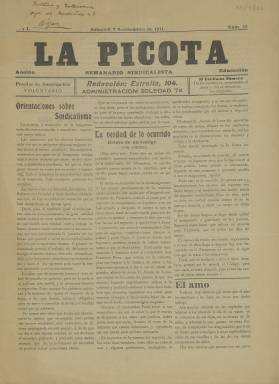
Título: La Picota (Sabadell)
Colección: Periódicos || Prensa sindical
Ámbito geográfico: Barcelona
Lugar de publicación: Sabadell [Barcelona]
Fechas: 02/09/1911-02/09/1911